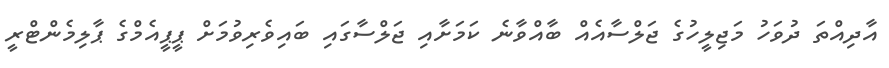
އާދިއްތަ ދުވަހު މަޖިލީހުގެ ޖަލްސާއެއް ބާއްވާނެ ކަމަށާއި ޖަލްސާގައި ބައިވެރިވުމަށް ޕީޕީއެމްގެ ޕާލިމެންޓްރީ